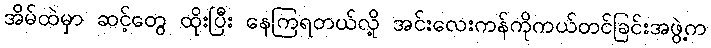
အိမ်ထဲမှာ ဆင့်တွေ ထိုးပြီး နေကြရတယ်လို့ အင်းလေးကန်ကိုကယ်တင်ခြင်းအဖွဲ့က